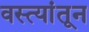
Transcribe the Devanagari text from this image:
वस्त्यांतून